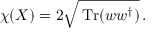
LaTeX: \chi ( X ) = 2 \sqrt { \, \mathrm { T r } ( w w ^ { \dagger } ) } \, .